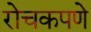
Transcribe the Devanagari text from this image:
रोचकपणे